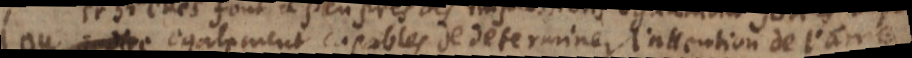
ou egalement capables de determiner l’attention de l’ame,